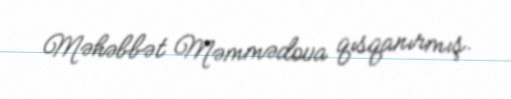
Məhəbbət Məmmədova qısqanırmış.